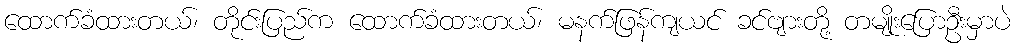
ထောက်ခံထားတယ်၊ တိုင်းပြည်က ထောက်ခံထားတယ်၊ မနက်ဖြန်ကျယင် ခင်ဗျားတို့ တမျိုးပြောဦးမှာပဲ